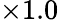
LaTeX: \times 1.0